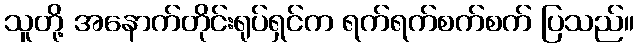
သူတို့ အနောက်တိုင်းရုပ်ရှင်က ရက်ရက်စက်စက် ပြသည်။